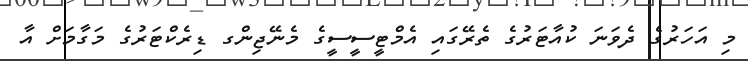
މި އަހަރުގެ ދެވަނަ ކުއާޓަރުގެ ތެރޭގައި އެމްޓީސީސީގެ މެނޭޖިންގ ޑިރެކްޓަރުގެ މަގާމަށް އާ